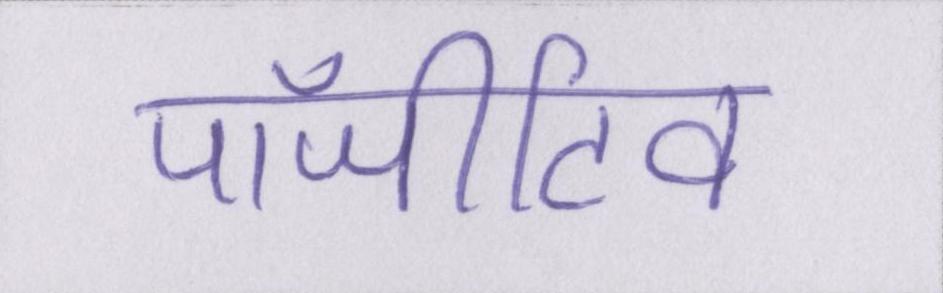
पॉजीटिव